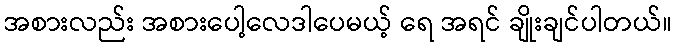
အစားလည်း အစားပေါ့လေဒါပေမယ့် ရေ အရင် ချိုးချင်ပါတယ်။